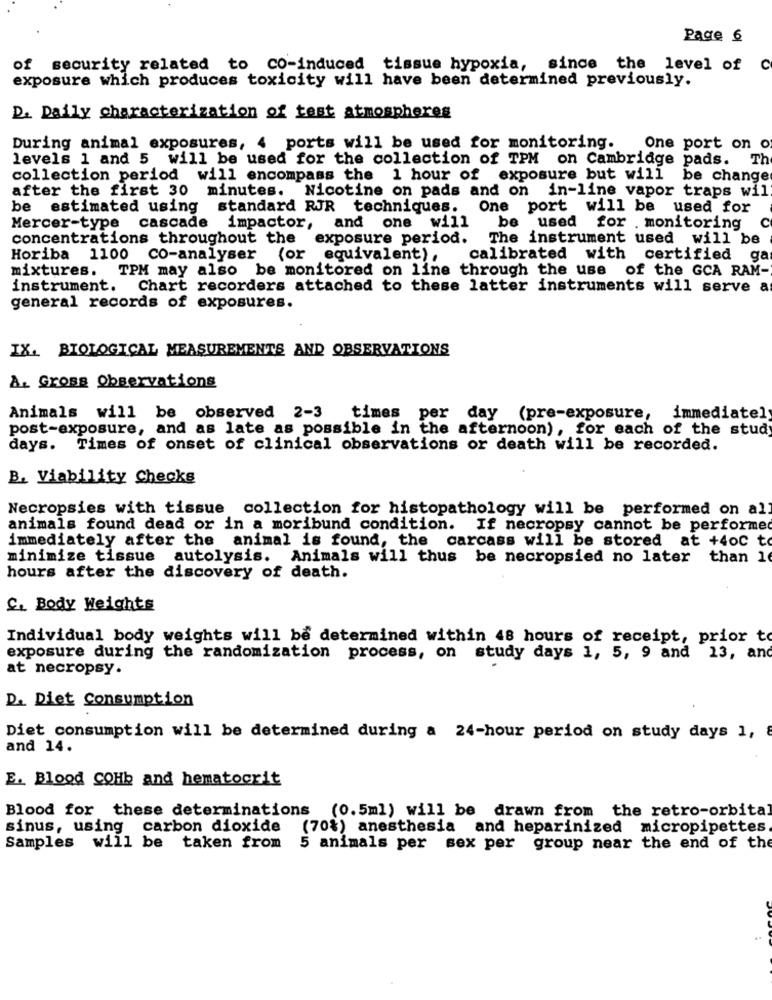
Page 6
of security related to CO-induced tissue hypoxia, since the level of C
exposure which produces toxicity will have been determined previously.
D. Daily characterization of test atmospheres
During animal exposures, 4 ports will be used for monitoring.
One port on o
levels 1 and 5 will be used for the collection of TPM on Cambridge pads.
Th
collection period will encompass the 1 hour of exposure but will be change
after the first 30 minutes. Nicotine on pads and on in-line vapor traps wil
estimated using standard RJR techniques. One port will be used for
and one will
Mercer-type
cascade impactor,
be used for . monitoring
C
concentrations throughout the
exposure period.
The instrument used will be
Horiba 1100 CO-analyser (or
equivalent) .
calibrated with certified ga
mixtures. TPM may also be monitored on line through the use of the GCA RAM-
instrument.
Chart recorders attached to these latter instruments will serve a
general records of exposures.
IX. BIOLOGICAL MEASUREMENTS AND OBSERVATIONS
A. Gross Observations
Animals will be observed 2-3 times per day (pre-exposure, immediate);
post-exposure, and as late as possible in the afternoon), for each of the stud
days. Times of onset of clinical observations or death will be recorded.
B. Viability Checks
Necropsies with tissue collection for histopathology will be performed on al
animals found dead or in a moribund condition. If necropsy cannot be performed
immediately after the animal is found, the carcass will be stored at +4oc to
minimize tissue autolysis. Animals will thus be necropsied no later than 1
hours after the discovery of death.
C. Body Weights
Individual body weights will be determined within 48 hours of receipt, prior to
exposure during the randomization process, on study days 1, 5, 9 and 13, and
at necropsy.
D. Diet Consumption
Diet consumption will be determined during a 24-hour period on study days 1,
and 14.
E. Blood COHb and hematocrit
Blood for these determinations (0.5ml) will be drawn from the retro-orbital
sinus, using carbon dioxide (70%) anesthesia and heparinized micropipettes
Samples will be taken from 5 animals per sex per group near the end of the